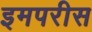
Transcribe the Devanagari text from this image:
इमपरीस